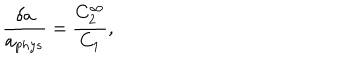
LaTeX: \frac { \delta a } { a _ { p h y s } } = \frac { C _ { 2 } ^ { \infty } } { C _ { 1 } } ,